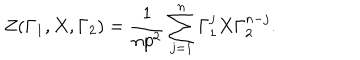
Z ( \Gamma _ { 1 } , X , \Gamma _ { 2 } ) = \frac { 1 } { n p ^ { 2 } } \sum _ { j = 1 } ^ { n } \Gamma _ { 1 } ^ { j } X \Gamma _ { 2 } ^ { n - j } .